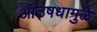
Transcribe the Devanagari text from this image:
ऑउषधामुळे